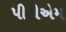
પીટીએમ